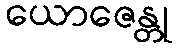
ယောဇေန္တု